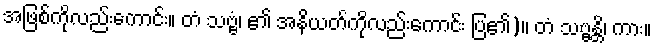
အဖြစ်ကိုလည်းကောင်း။ တံ သဗ္ဗံ၊ ၏ အနိယတ်ကိုလည်းကောင်း ပြ၏)။ တံ သဗ္ဗန္တိ၊ ကား။